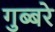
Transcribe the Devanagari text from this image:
गुब्बरे